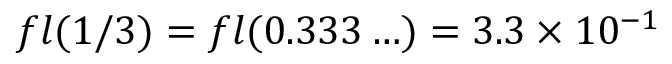
f l ( 1 / 3 ) = f l ( 0 . 3 3 3 \ldots ) = 3 . 3 \times 1 0 ^ { - 1 }